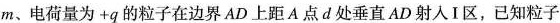
为m、电荷量为+q的粒子在边界AD上距A点d处垂直AD射入Ⅰ区，已知粒子